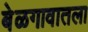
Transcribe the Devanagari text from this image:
बेळगावातला